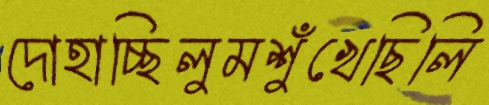
দোহাচ্ছিলুমশুঁখেছিলি